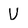
Character: U